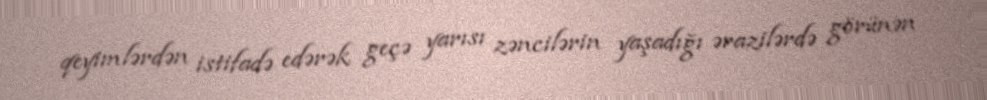
qeyimlərdən istifadə edərək geçə yarısı zəncilərin yaşadığı ərazilərdə görünən